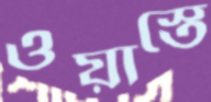
ওয়াস্তে